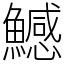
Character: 鱤